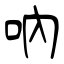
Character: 吶